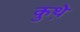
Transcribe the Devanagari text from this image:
कुथ़े